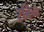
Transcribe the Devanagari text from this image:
रबिन